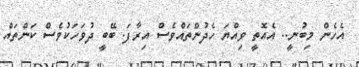
އެހެން މިބުނީ.. އެއޮތީ ވިއްޔަ ހެދުންތައްވެސް އިރާފަ. ބޭބީ ދުވަހަކުވެސް ކަންތައް